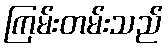
ကြမ်းတမ်းသည်